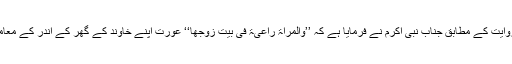
اسی حدیث میں ایک روایت کے مطابق جناب نبی اکرمؐ نے فرمایا ہے کہ ’’والمراۃ راعیۃ فی بیت زوجھا‘‘ عورت اپنے خاوند کے گھر کے اندر کے معاملات کی ذمہ دار ہے۔